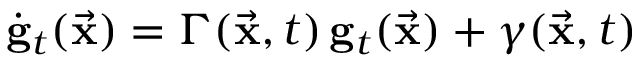
\dot { \bf g } _ { t } ( \vec { \bf x } ) = \Gamma ( \vec { \bf x } , t ) \, { \bf g } _ { t } ( \vec { \bf x } ) + \boldsymbol { \gamma } ( \vec { \bf x } , t )